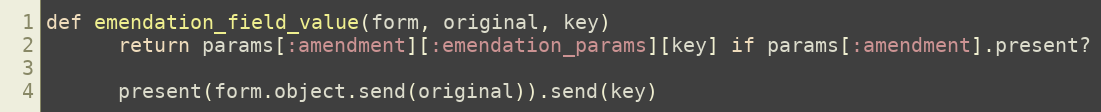
Language: Ruby
def emendation_field_value(form, original, key)
      return params[:amendment][:emendation_params][key] if params[:amendment].present?

      present(form.object.send(original)).send(key)